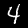
Label: 4